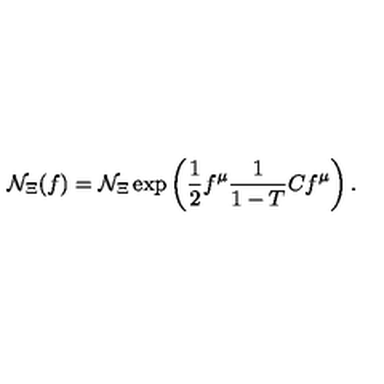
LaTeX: { \cal N } _ { \Xi } ( f ) = { \cal N } _ { \Xi } \exp \left( \frac { 1 } { 2 } f ^ { \mu } \frac { 1 } { 1 - T } C f ^ { \mu } \right) .